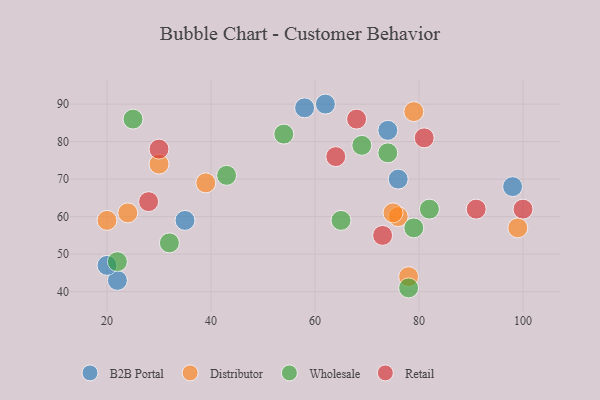
{"axis": {"x": "GDP", "y": "Life Expectancy"}, "legend": ["B2B Portal", "Distributor", "Retail", "Wholesale"], "data": [{"x": "76", "y": 70, "type": "B2B Portal"}, {"x": "62", "y": 90, "type": "B2B Portal"}, {"x": "22", "y": 43, "type": "B2B Portal"}, {"x": "74", "y": 83, "type": "B2B Portal"}, {"x": "35", "y": 59, "type": "B2B Portal"}, {"x": "20", "y": 47, "type": "B2B Portal"}, {"x": "58", "y": 89, "type": "B2B Portal"}, {"x": "98", "y": 68, "type": "B2B Portal"}, {"x": "76", "y": 60, "type": "Distributor"}, {"x": "24", "y": 61, "type": "Distributor"}, {"x": "99", "y": 57, "type": "Distributor"}, {"x": "78", "y": 44, "type": "Distributor"}, {"x": "75", "y": 61, "type": "Distributor"}, {"x": "30", "y": 74, "type": "Distributor"}, {"x": "79", "y": 88, "type": "Distributor"}, {"x": "39", "y": 69, "type": "Distributor"}, {"x": "20", "y": 59, "type": "Distributor"}, {"x": "79", "y": 57, "type": "Wholesale"}, {"x": "43", "y": 71, "type": "Wholesale"}, {"x": "65", "y": 59, "type": "Wholesale"}, {"x": "32", "y": 53, "type": "Wholesale"}, {"x": "69", "y": 79, "type": "Wholesale"}, {"x": "22", "y": 48, "type": "Wholesale"}, {"x": "82", "y": 62, "type": "Wholesale"}, {"x": "25", "y": 86, "type": "Wholesale"}, {"x": "74", "y": 77, "type": "Wholesale"}, {"x": "78", "y": 41, "type": "Wholesale"}, {"x": "54", "y": 82, "type": "Wholesale"}, {"x": "81", "y": 81, "type": "Retail"}, {"x": "73", "y": 55, "type": "Retail"}, {"x": "30", "y": 78, "type": "Retail"}, {"x": "91", "y": 62, "type": "Retail"}, {"x": "68", "y": 86, "type": "Retail"}, {"x": "64", "y": 76, "type": "Retail"}, {"x": "100", "y": 62, "type": "Retail"}, {"x": "28", "y": 64, "type": "Retail"}]}